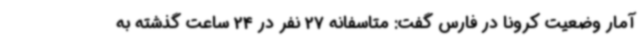
آمار وضعیت کرونا در فارس گفت: متاسفانه 27 نفر در 24 ساعت گذشته به